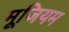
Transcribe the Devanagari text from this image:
मूजियम